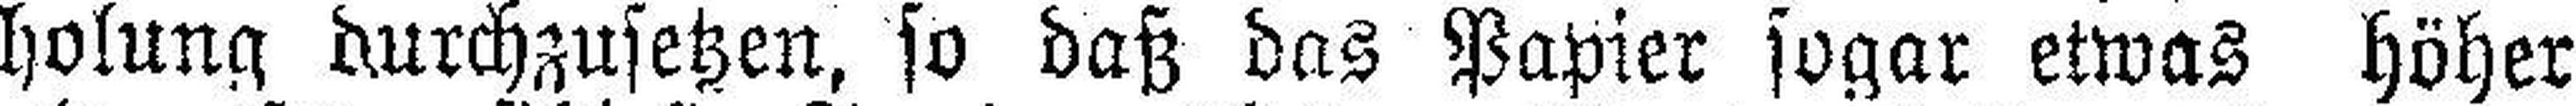
holung durchzusetzen, so daß das Papier sogar etwas höher